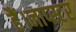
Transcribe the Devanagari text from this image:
हैं।नाप्स्टर